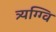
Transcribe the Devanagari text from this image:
त्र्यग्ग्वि